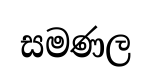
සමණල